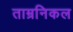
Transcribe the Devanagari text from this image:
ताम्रनिकल